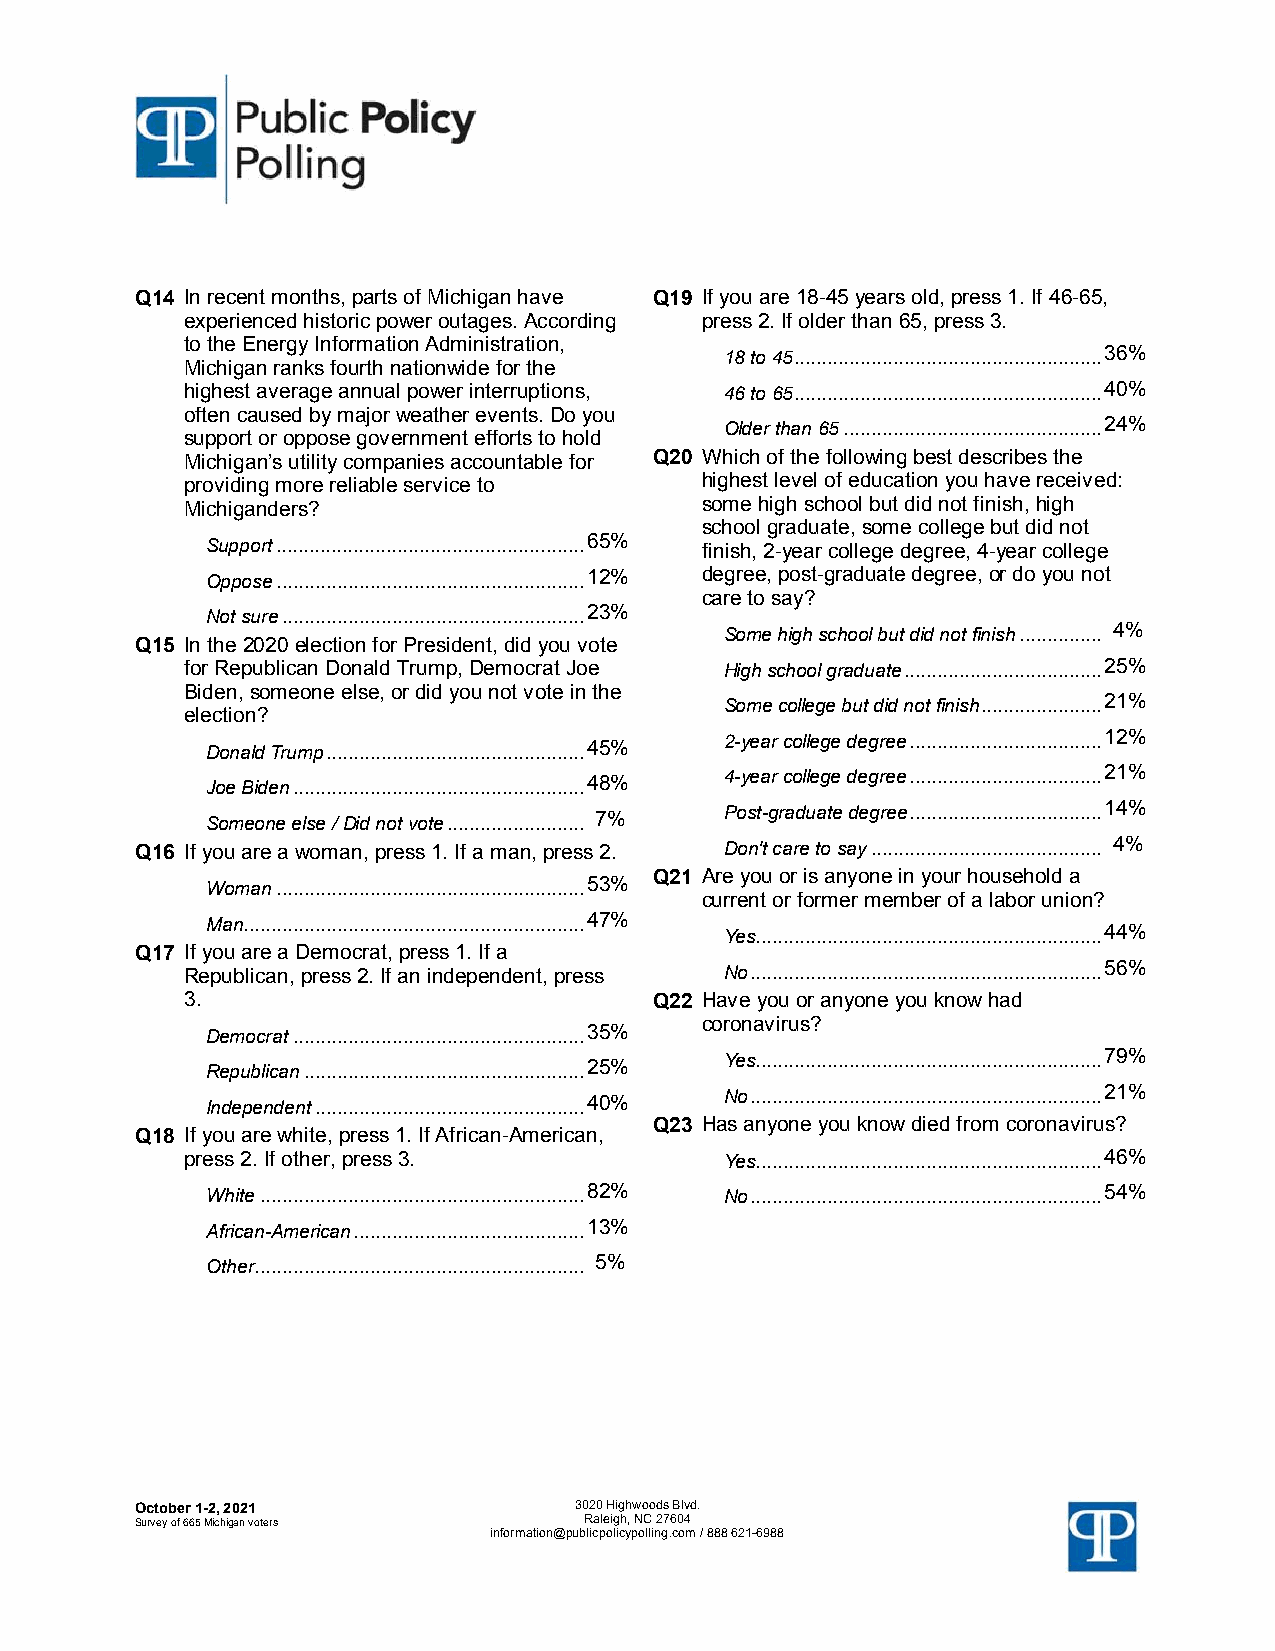
Q14 In recent months, parts of Michigan have Q19 If you are 18-45 years old, press 1. If 46-65,
 experienced historic power outages. According press 2. If older than 65, press 3.
 to the Energy Information Administration,
 18 to 45........................................................ 36%
 Michigan ranks fourth nationwide for the
 highest average annual power interruptions, 46 to 65........................................................ 40%
 often caused by major weather events. Do you
 Older than 65............................................... 24%
 support or oppose government efforts to hold
 Michigan’s utility companies accountable for Q20 Which of the following best describes the
 providing more reliable service to highest level of education you have received:
 Michiganders?                     some high school but did not finish, high
 school graduate, some college but did not
 Support........................................................ 65% finish, 2-year college degree, 4-year college
 Oppose........................................................ 12% degree, post-graduate degree, or do you not
 care to say?
 Not sure....................................................... 23%
 Some high school but did not finish............... 4%
 Q15 In the 2020 election for President, did you vote
 for Republican Donald Trump, Democrat Joe High school graduate.................................... 25%
 Biden, someone else, or did you not vote in the
 Some college but did not finish...................... 21%
 election?
 Donald Trump............................................... 45% 2-year college degree................................... 12%
 Joe Biden..................................................... 48% 4-year college degree................................... 21%
 Someone else / Did not vote......................... 7% Post-graduate degree................................... 14%
 Q16 If you are a woman, press 1. If a man, press 2. Don't care to say.......................................... 4%
 Q21 Are you or is anyone in your household a
 Woman........................................................ 53%
 current or former member of a labor union?
 Man.............................................................. 47%
 Yes............................................................... 44%
 Q17 If you are a Democrat, press 1. If a
 Republican, press 2. If an independent, press No................................................................ 56%
 3.                             Q22 Have you or anyone you know had
 coronavirus?
 Democrat..................................................... 35%
 Republican................................................... 25% Yes............................................................... 79%
 Independent................................................. 40% No................................................................ 21%
 Q23 Has anyone you know died from coronavirus?
 Q18 If you are white, press 1. If African-American,
 press 2. If other, press 3.         Yes............................................................... 46%
 White........................................................... 82% No................................................................ 54%
 African-American.......................................... 13%
 Other............................................................ 5%
 OOccttoobbeerr 11--22,, 22002211 33002200 HHiigghhwwooooddss BBllvvdd..
 SSuurrvveeyy ooff 666655 MMiicchhiiggaann vvootteerrss RRaalleeiigghh,, NNCC 2277660044
 iinnffoorrmmaattiioonn@@ppuubblliiccppoolliiccyyppoolllliinngg..ccoomm // 888888 662211--66998888